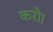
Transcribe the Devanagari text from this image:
करौ।